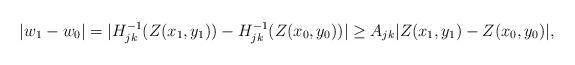
LaTeX: \begin{align*}|w_1-w_0|=|H_{jk}^{-1}(Z(x_1,y_1))-H_{jk}^{-1}(Z(x_0,y_0))|\geq A_{jk}|Z(x_1,y_1)-Z(x_0,y_0)|,\end{align*}